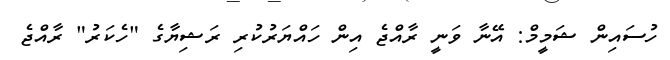
ހުސައިން ޝަމީމް: އޭނާ ވަނީ ރާއްޖެ އިން ހައްޔަރުކުރި ރަޝިޔާގެ "ހެކަރު" ރާއްޖެ